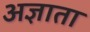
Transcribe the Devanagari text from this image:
अज्ञाता